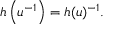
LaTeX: h \left( u ^ { - 1 } \right) = h ( u ) ^ { - 1 } .